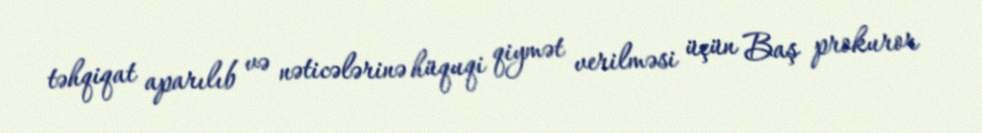
təhqiqat aparılıb və nəticələrinə hüquqi qiymət verilməsi üçün Baş prokuror